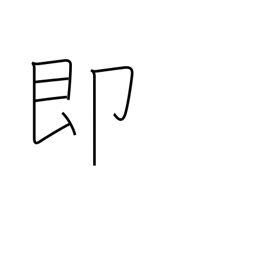
Meaning: instant